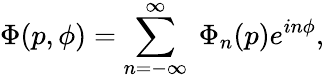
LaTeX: \Phi(p,\phi)=\sum_{n=-\infty}^{\infty}\ \Phi_{n}(p)e^{in\phi},